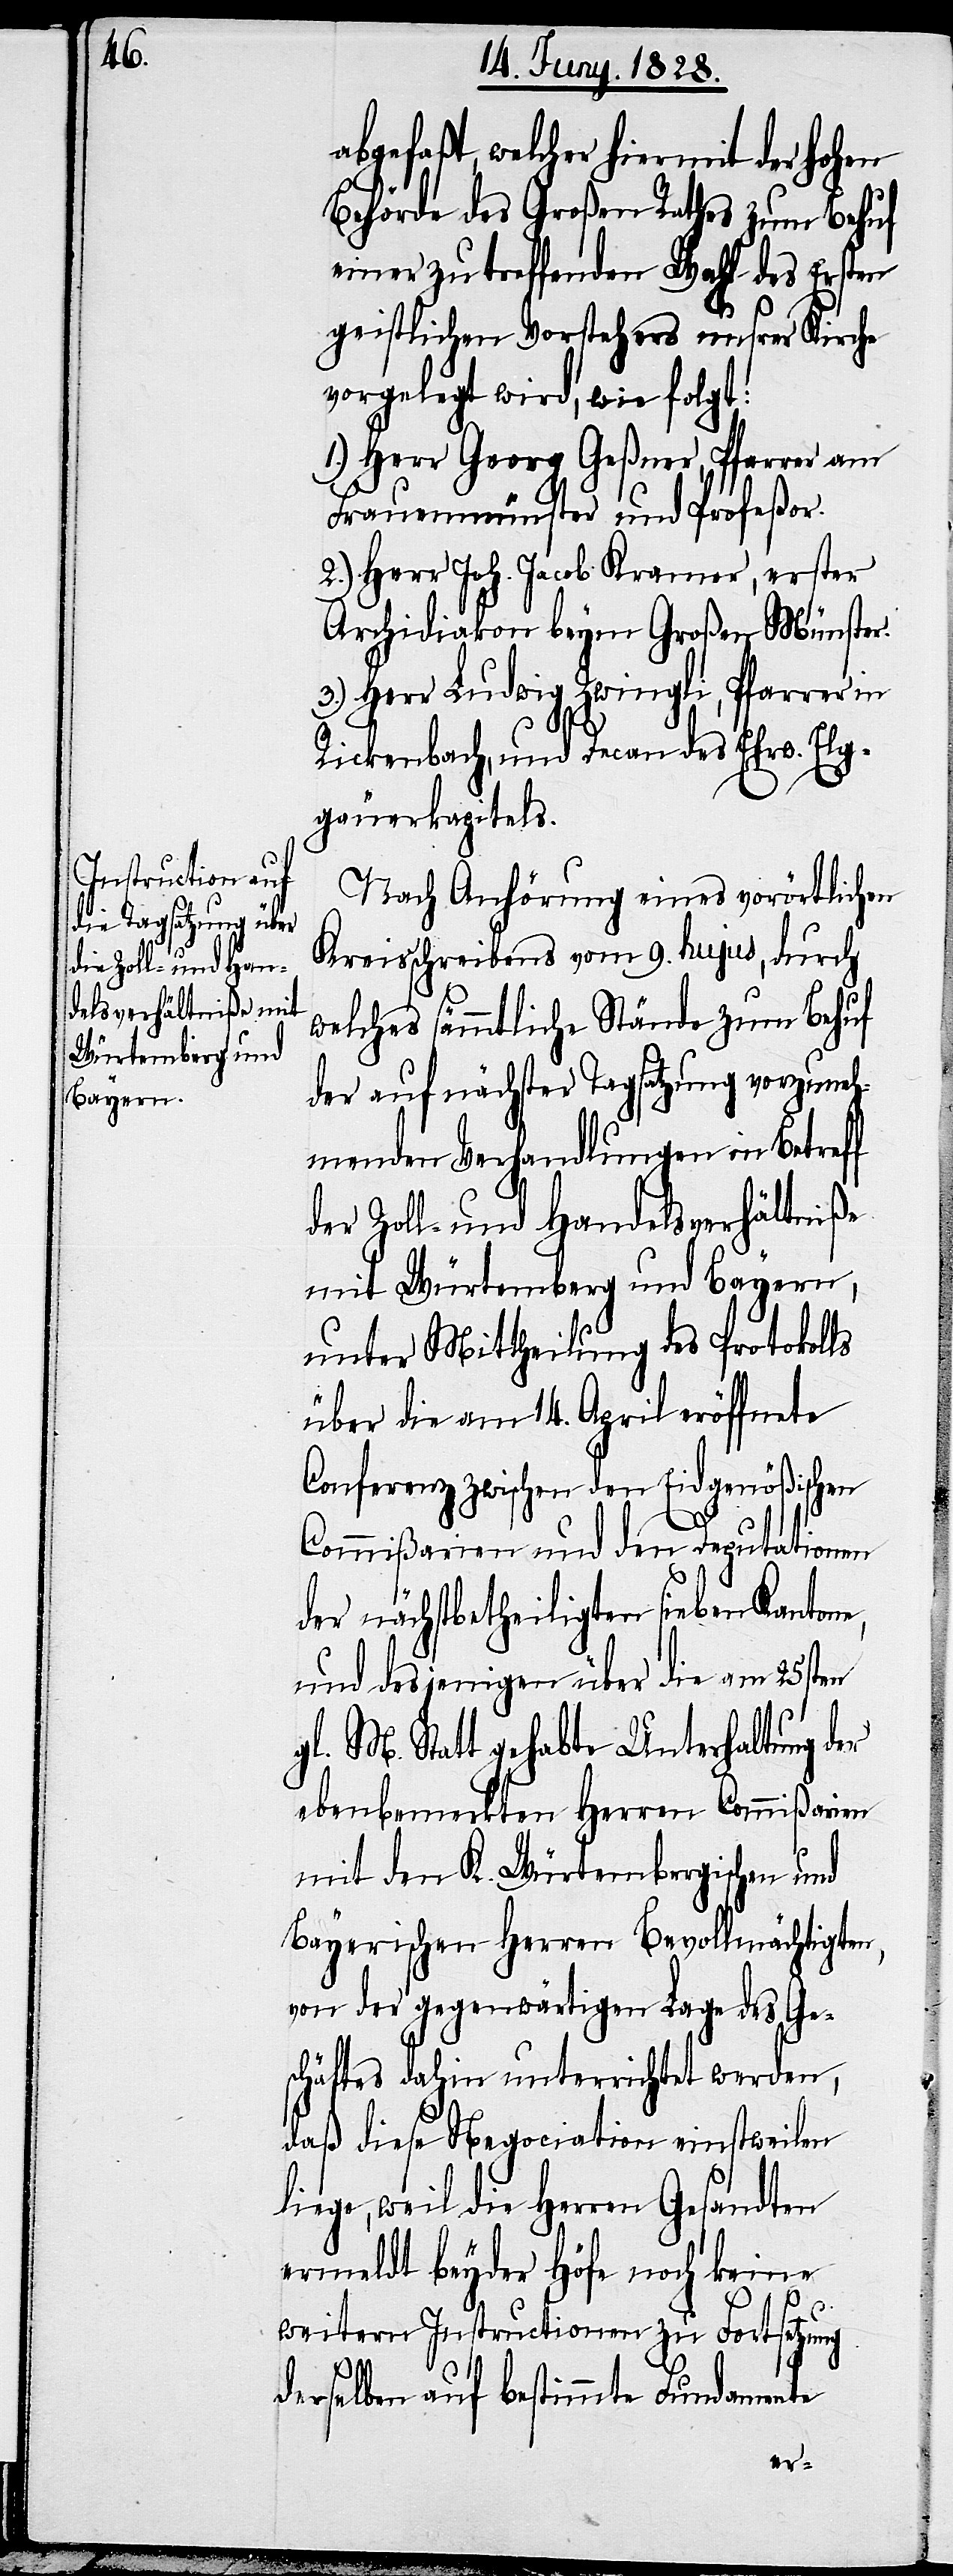
abgefaßt, welcher hiermit der hohen
Behörde des Großen Rathes zum Behuf
einer zu treffenden Wahl des Ersten
geistlichen Vorstehers unsrer Kirche
vorgelegt wird, wie folgt:
1.) Herr Georg Geßner, Pfarrer am
Frauenmünster und Profeßor.
2.) Herr Joh. Jacob Kramer, erster
Archidiakon beym Großen Münster.
3.) Herr Ludwig Zwingli, Pfarrer in
Rickenbach, und Decan des Erhw. Elg¬
gäuerkapitels.
Nach Anhörung eines vorörtlichen
Kreisschreibens vom 9. hujus, durch
welches sämmtliche Stände zum Behuf
der auf nächster Tagsatzung vorzuneh¬
menden Verhandlungen in Betreff
der Zoll- und Handelsverhältniße
mit Würtemberg und Bayern,
unter Mittheilung des Protokolls
über die am 14. April eröffnete
Conferenz wischen den Eidgenößischen
Commißarien und den Deputationen
der nächstbetheiligten sieben Kantone,
und desjenigen über die am 25sten
gl. M. Statt gehabte Unterhaltung der
ebenbemerkten Herren Commißarien
mit den K. Würtembergischen und
Bayerischen Herren Bevollmächtigten,
von der gegenwärtigen Lage des Ge¬
schäftes dahin unterrichtet werden,
daß diese Negociation einstweilen
liege, weil die Herren Gesandten
ermeldt beyder Höfe noch keine
weitern Instructionen zu Fortsetzung
derselben auf bestimmte Fundamente